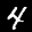
Label: 4